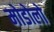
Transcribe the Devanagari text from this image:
मोडोलो